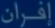
افران